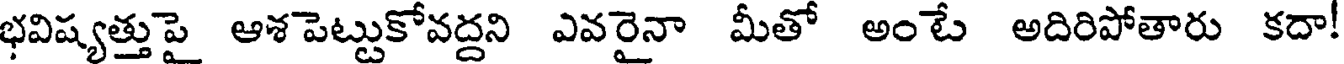
భవిష్యత్తుపై ఆశపెట్టుకోవద్దని ఎవరైనా మీతో అంటే అదిరిపోతారు కదా!